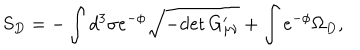
S _ { D } = - \int d ^ { 3 } \sigma e ^ { - \phi } \sqrt { - \mathrm { d e t } \, G _ { \mu \nu } ^ { \prime } } + \int e ^ { - \phi } \Omega _ { D } ,